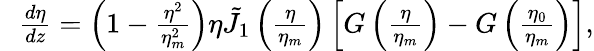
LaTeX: \begin{array}{rlr}&{}&{\! \! \! \! \! \! \! \! \frac{d\eta}{dz}=\left(1-\frac{\eta^{2}}{\eta_{m}^{2}}\right)\eta\tilde{J}_{1}\left(\frac{\eta}{\eta_{m}}\right)\left[G\left(\frac{\eta}{\eta_{m}}\right)-G\left(\frac{\eta_{0}}{\eta_{m}}\right)\right],}\end{array}